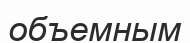
объемным